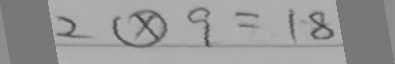
2 \textcircled { \times } 9 = 1 8